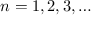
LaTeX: n = 1 , 2 , 3 , \dots